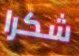
شكرا